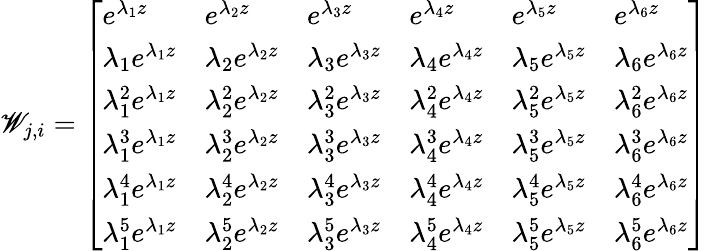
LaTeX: \mathscr{W}_{j,i}=\left[\begin{array}{llllll}{e^{\lambda_{1}z}}&{e^{\lambda_{2}z}}&{e^{\lambda_{3}z}}&{e^{\lambda_{4}z}}&{e^{\lambda_{5}z}}&{e^{\lambda_{6}z}}\\ {\lambda_{1}e^{\lambda_{1}z}}&{\lambda_{2}e^{\lambda_{2}z}}&{\lambda_{3}e^{\lambda_{3}z}}&{\lambda_{4}e^{\lambda_{4}z}}&{\lambda_{5}e^{\lambda_{5}z}}&{\lambda_{6}e^{\lambda_{6}z}}\\ {\lambda_{1}^{2}e^{\lambda_{1}z}}&{\lambda_{2}^{2}e^{\lambda_{2}z}}&{\lambda_{3}^{2}e^{\lambda_{3}z}}&{\lambda_{4}^{2}e^{\lambda_{4}z}}&{\lambda_{5}^{2}e^{\lambda_{5}z}}&{\lambda_{6}^{2}e^{\lambda_{6}z}}\\ {\lambda_{1}^{3}e^{\lambda_{1}z}}&{\lambda_{2}^{3}e^{\lambda_{2}z}}&{\lambda_{3}^{3}e^{\lambda_{3}z}}&{\lambda_{4}^{3}e^{\lambda_{4}z}}&{\lambda_{5}^{3}e^{\lambda_{5}z}}&{\lambda_{6}^{3}e^{\lambda_{6}z}}\\ {\lambda_{1}^{4}e^{\lambda_{1}z}}&{\lambda_{2}^{4}e^{\lambda_{2}z}}&{\lambda_{3}^{4}e^{\lambda_{3}z}}&{\lambda_{4}^{4}e^{\lambda_{4}z}}&{\lambda_{5}^{4}e^{\lambda_{5}z}}&{\lambda_{6}^{4}e^{\lambda_{6}z}}\\ {\lambda_{1}^{5}e^{\lambda_{1}z}}&{\lambda_{2}^{5}e^{\lambda_{2}z}}&{\lambda_{3}^{5}e^{\lambda_{3}z}}&{\lambda_{4}^{5}e^{\lambda_{4}z}}&{\lambda_{5}^{5}e^{\lambda_{5}z}}&{\lambda_{6}^{5}e^{\lambda_{6}z}}\end{array}\right]